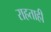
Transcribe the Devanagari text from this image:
राहताही